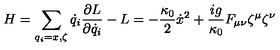
H = \sum _ { q _ { i } = x , \zeta } \dot { q } _ { i } \frac { \partial L } { \partial \dot { q } _ { i } } - L = - \frac { \kappa _ { 0 } } { 2 } \dot { x } ^ { 2 } + \frac { i g } { \kappa _ { 0 } } F _ { \mu \nu } \zeta ^ { \mu } \zeta ^ { \nu }